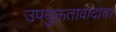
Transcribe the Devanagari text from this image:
उपयुक्ततावादाचा